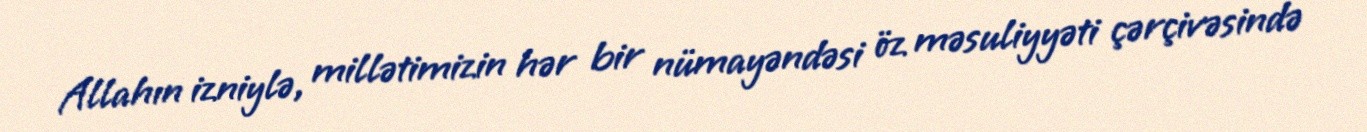
Allahın izniylə, millətimizin hər bir nümayəndəsi öz məsuliyyəti çərçivəsində